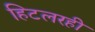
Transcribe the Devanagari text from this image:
हिटलरही